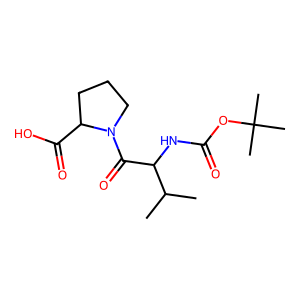
SMILES: CC(C)C(NC(=O)OC(C)(C)C)C(=O)N1CCCC1C(=O)O
Inhibits HIV replication: No